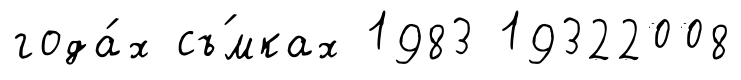
года́х съ́мках 1983 19322008